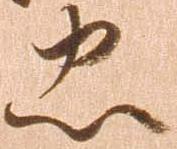
忠